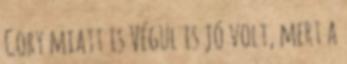
Cory miatt is Végül is jó volt, mert a